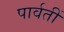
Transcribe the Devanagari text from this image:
पार्वतीं